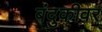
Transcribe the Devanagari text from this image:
बंदुकीवर